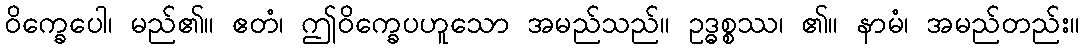
ဝိက္ခေပေါ၊ မည်၏။ ဧတံ၊ ဤဝိက္ခေပဟူသော အမည်သည်။ ဥဒ္ဓစ္စဿ၊ ၏။ နာမံ၊ အမည်တည်း။